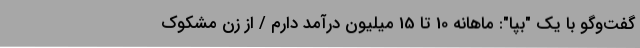
گفت‌وگو با یک "بِپا": ماهانه 10 تا 15 میلیون درآمد دارم / از زن مشکوک